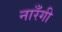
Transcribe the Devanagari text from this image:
नारँगी